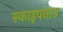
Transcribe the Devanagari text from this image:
स्काइपनाउ